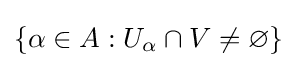
\left\{\alpha \in A:U_{\alpha }\cap V\neq \varnothing \right\}